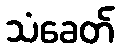
သံခေတ်